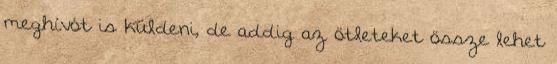
meghívót is küldeni, de addig az ötleteket össze lehet